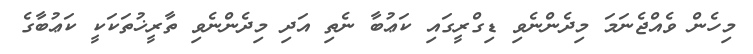
މިހެން ވެއްޖެނަމަ މިދެންނެވި ޑިގްރީގައި ކަޢުބާ ނެތި އަދި މިދެންނެވި ތާރީޚުތަކަކީ ކަޢުބާގެ